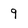
Character: 9